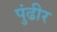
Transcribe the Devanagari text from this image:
पुंढीर